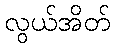
လွယ်အိတ်